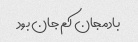
بادمجان کم جان بود